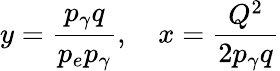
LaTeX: y={\frac{p_{\gamma}q}{p_{e}p_{\gamma}}},~~~~x={\frac{Q^{2}}{2p_{\gamma}q}}